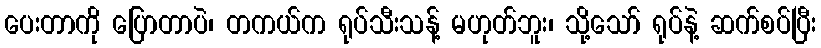
ပေးတာကို ပြောတာပဲ၊ တကယ်က ရုပ်သီးသန့် မဟုတ်ဘူး၊ သို့သော် ရုပ်နဲ့ ဆက်စပ်ပြီး